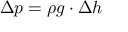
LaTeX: \Delta p = \rho g \cdot \Delta h